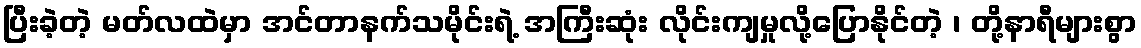
ပြီးခဲ့တဲ့ မတ်လထဲမှာ အင်တာနက်သမိုင်းရဲ့ အကြီးဆုံး လိုင်းကျမှုလို့ပြောနိုင်တဲ့ ၊ တို့နာရီများစွာ